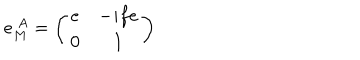
e _ { M } ^ { ~ A } = \left( \begin{array} { c c } { { e } } & { { - i f e } } \\ { { 0 } } & { { 1 } } \\ \end{array} \right) \,